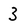
Character: 3